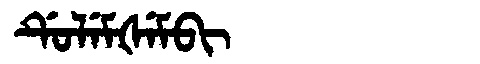
Manchu: ᡩᡠᠯᡝᠮᡧᡝᠮᠪᡳ
Romanization: DULEMŠEMBI